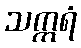
သက္ကရံ